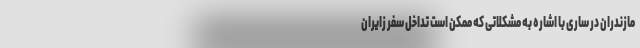
مازندران در ساری با اشاره به مشکلاتی که ممکن است تداخل سفر زایران